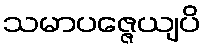
သမာပဇ္ဇေယျပိ